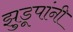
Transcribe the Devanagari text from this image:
झुडूपांनी